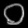
Digit: ၀